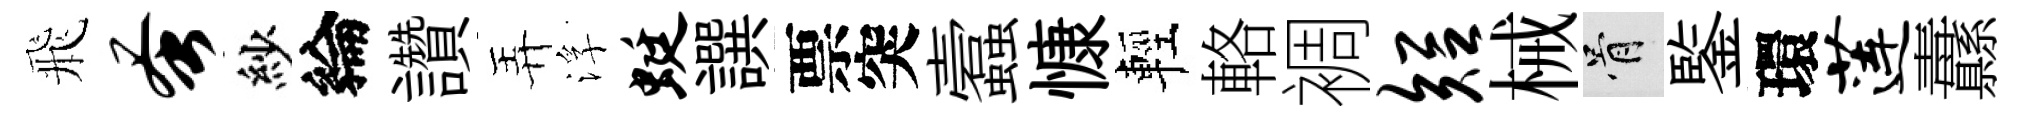
飛蚤紗綸讚弄浮蜓譔票突蠧慷輕輅裯短械骨鍳環莲纛